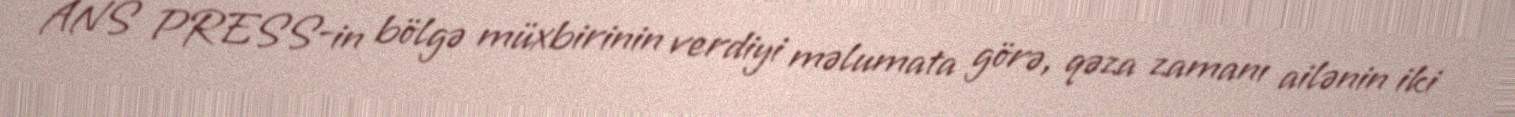
ANS PRESS-in bölgə müxbirinin verdiyi məlumata görə, qəza zamanı ailənin iki